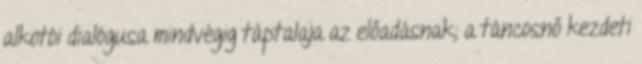
alkotói dialógusa mindvégig táptalaja az előadásnak, a táncosnő kezdeti